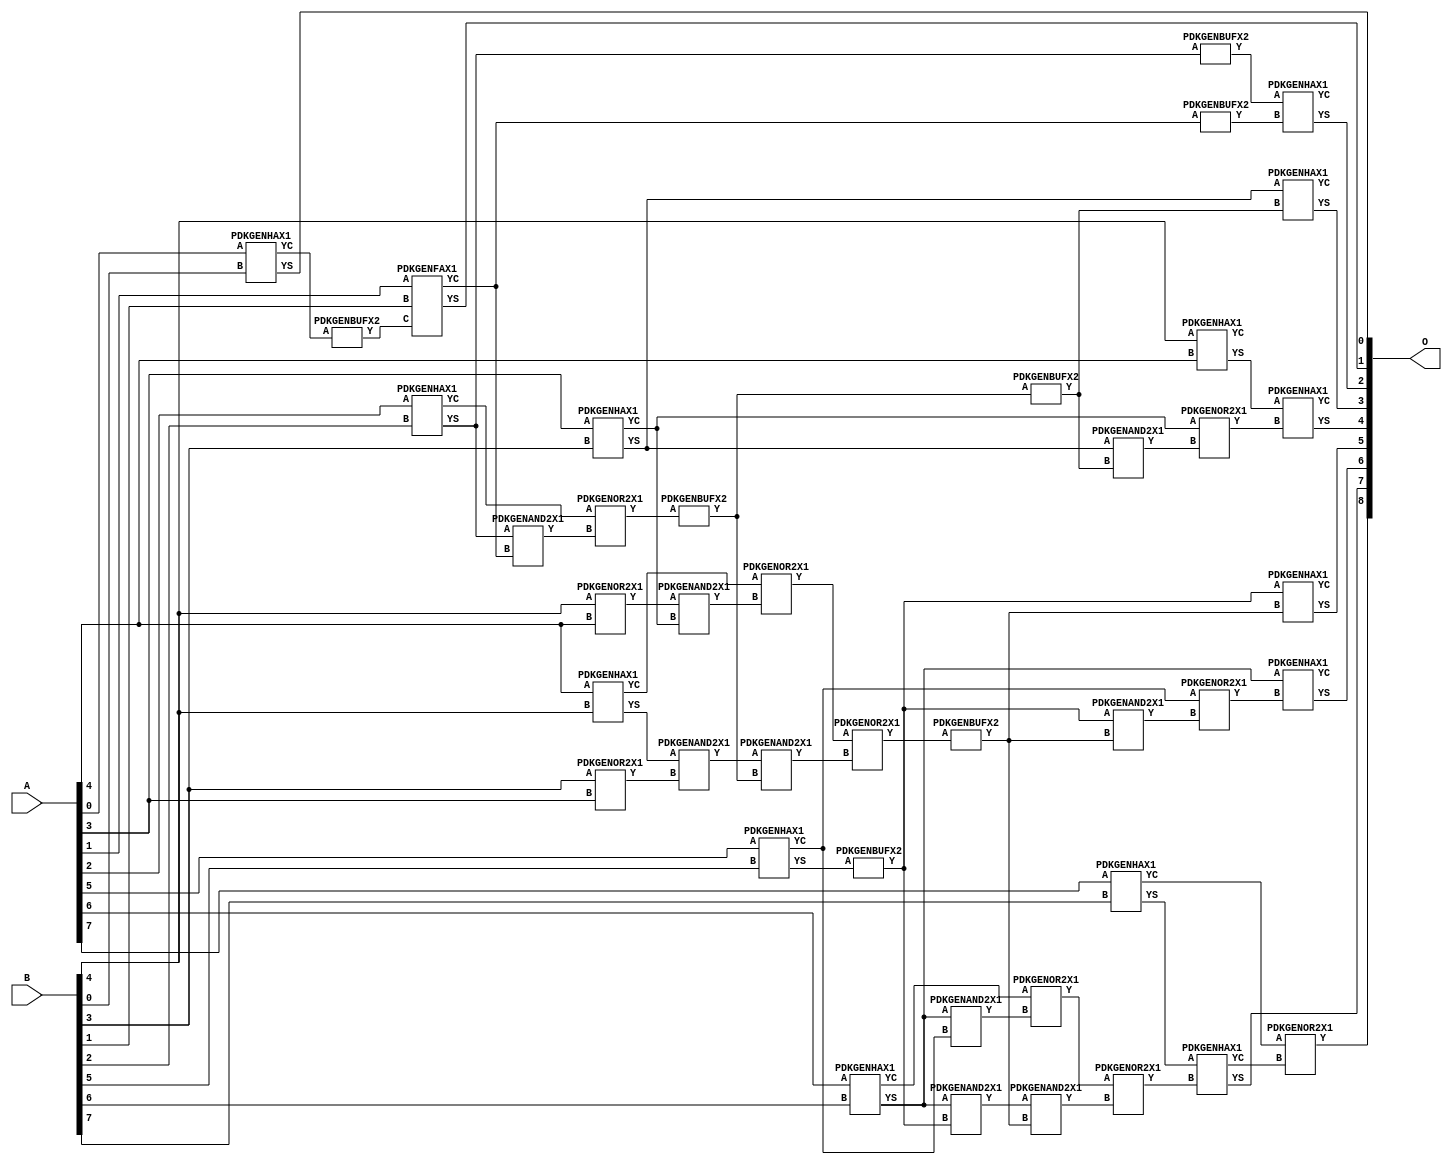
// Library = EvoApprox8b
// Circuit = add8_441
// Area   (180) = 2016
// Delay  (180) = 1.420
// Power  (180) = 701.40
// Area   (45) = 136
// Delay  (45) = 0.610
// Power  (45) = 56.70
// Nodes = 41
// HD = 0
// MAE = 0.00000
// MSE = 0.00000
// MRE = 0.00 %
// WCE = 0
// WCRE = 0 %
// EP = 0.0 %

module add8_441(A, B, O);
  input [7:0] A;
  input [7:0] B;
  output [8:0] O;
  wire [2031:0] N;

  assign N[0] = A[0];
  assign N[1] = A[0];
  assign N[2] = A[1];
  assign N[3] = A[1];
  assign N[4] = A[2];
  assign N[5] = A[2];
  assign N[6] = A[3];
  assign N[7] = A[3];
  assign N[8] = A[4];
  assign N[9] = A[4];
  assign N[10] = A[5];
  assign N[11] = A[5];
  assign N[12] = A[6];
  assign N[13] = A[6];
  assign N[14] = A[7];
  assign N[15] = A[7];
  assign N[16] = B[0];
  assign N[17] = B[0];
  assign N[18] = B[1];
  assign N[19] = B[1];
  assign N[20] = B[2];
  assign N[21] = B[2];
  assign N[22] = B[3];
  assign N[23] = B[3];
  assign N[24] = B[4];
  assign N[25] = B[4];
  assign N[26] = B[5];
  assign N[27] = B[5];
  assign N[28] = B[6];
  assign N[29] = B[6];
  assign N[30] = B[7];
  assign N[31] = B[7];

  PDKGENHAX1 n32(.A(N[0]), .B(N[16]), .YS(N[32]), .YC(N[33]));
  PDKGENBUFX2 n34(.A(N[33]), .Y(N[34]));
  assign N[35] = N[34];
  PDKGENOR2X1 n38(.A(N[22]), .B(N[6]), .Y(N[38]));
  assign N[39] = N[38];
  PDKGENFAX1 n40(.A(N[2]), .B(N[18]), .C(N[35]), .YS(N[40]), .YC(N[41]));
  PDKGENOR2X1 n46(.A(N[24]), .B(N[8]), .Y(N[46]));
  assign N[47] = N[46];
  PDKGENHAX1 n50(.A(N[4]), .B(N[20]), .YS(N[50]), .YC(N[51]));
  PDKGENBUFX2 n56(.A(N[50]), .Y(N[56]));
  assign N[57] = N[56];
  PDKGENHAX1 n58(.A(N[6]), .B(N[22]), .YS(N[58]), .YC(N[59]));
  PDKGENHAX1 n68(.A(N[8]), .B(N[24]), .YS(N[68]), .YC(N[69]));
  PDKGENHAX1 n78(.A(N[10]), .B(N[26]), .YS(N[78]), .YC(N[79]));
  PDKGENHAX1 n86(.A(N[12]), .B(N[28]), .YS(N[86]), .YC(N[87]));
  PDKGENBUFX2 n90(.A(N[78]), .Y(N[90]));
  assign N[91] = N[90];
  PDKGENHAX1 n96(.A(N[14]), .B(N[30]), .YS(N[96]), .YC(N[97]));
  PDKGENAND2X1 n106(.A(N[50]), .B(N[41]), .Y(N[106]));
  assign N[107] = N[106];
  PDKGENOR2X1 n124(.A(N[51]), .B(N[107]), .Y(N[124]));
  PDKGENAND2X1 n134(.A(N[47]), .B(N[59]), .Y(N[134]));
  PDKGENAND2X1 n142(.A(N[68]), .B(N[39]), .Y(N[142]));
  assign N[143] = N[142];
  PDKGENBUFX2 n150(.A(N[124]), .Y(N[150]));
  PDKGENOR2X1 n152(.A(N[69]), .B(N[134]), .Y(N[152]));
  PDKGENAND2X1 n162(.A(N[86]), .B(N[79]), .Y(N[162]));
  PDKGENAND2X1 n174(.A(N[86]), .B(N[91]), .Y(N[174]));
  PDKGENOR2X1 n180(.A(N[87]), .B(N[162]), .Y(N[180]));
  PDKGENBUFX2 n198(.A(N[150]), .Y(N[198]));
  assign N[199] = N[198];
  PDKGENAND2X1 n208(.A(N[143]), .B(N[150]), .Y(N[208]));
  PDKGENHAX1 n224(.A(N[24]), .B(N[8]), .YS(N[224]), .YC(N[225]));
  PDKGENOR2X1 n226(.A(N[152]), .B(N[208]), .Y(N[226]));
  assign N[227] = N[226];
  PDKGENBUFX2 n272(.A(N[227]), .Y(N[272]));
  assign N[273] = N[272];
  PDKGENAND2X1 n282(.A(N[174]), .B(N[273]), .Y(N[282]));
  PDKGENOR2X1 n292(.A(N[180]), .B(N[282]), .Y(N[292]));
  assign N[293] = N[292];
  PDKGENBUFX2 n310(.A(N[41]), .Y(N[310]));
  PDKGENAND2X1 n320(.A(N[58]), .B(N[199]), .Y(N[320]));
  PDKGENOR2X1 n328(.A(N[59]), .B(N[320]), .Y(N[328]));
  PDKGENAND2X1 n338(.A(N[91]), .B(N[272]), .Y(N[338]));
  PDKGENOR2X1 n348(.A(N[79]), .B(N[338]), .Y(N[348]));
  assign N[349] = N[348];
  PDKGENHAX1 n366(.A(N[57]), .B(N[310]), .YS(N[366]), .YC(N[367]));
  PDKGENHAX1 n376(.A(N[58]), .B(N[198]), .YS(N[376]), .YC(N[377]));
  PDKGENHAX1 n384(.A(N[224]), .B(N[328]), .YS(N[384]), .YC(N[385]));
  PDKGENHAX1 n394(.A(N[91]), .B(N[272]), .YS(N[394]), .YC(N[395]));
  PDKGENHAX1 n404(.A(N[86]), .B(N[349]), .YS(N[404]), .YC(N[405]));
  PDKGENHAX1 n412(.A(N[96]), .B(N[293]), .YS(N[412]), .YC(N[413]));
  PDKGENOR2X1 n422(.A(N[97]), .B(N[413]), .Y(N[422]));

  assign O[0] = N[32];
  assign O[1] = N[40];
  assign O[2] = N[366];
  assign O[3] = N[376];
  assign O[4] = N[384];
  assign O[5] = N[394];
  assign O[6] = N[404];
  assign O[7] = N[412];
  assign O[8] = N[422];

endmodule
/* mod */
module PDKGENAND2X1(input A, input B, output Y );
     assign Y = A & B;
endmodule
/* mod */
module PDKGENOR2X1(input A, input B, output Y );
     assign Y = A | B;
endmodule
/* mod */
module PDKGENHAX1( input A, input B, output YS, output YC );
    assign YS = A ^ B;
    assign YC = A & B;
endmodule
/* mod */
module PDKGENFAX1( input A, input B, input C, output YS, output YC );
    assign YS = (A ^ B) ^ C;
    assign YC = (A & B) | (B & C) | (A & C);
endmodule
/* mod */
module PDKGENBUFX2(input A, output Y );
     assign Y = A;
endmodule